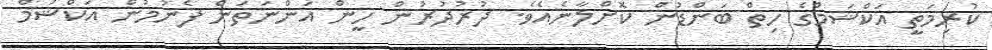
ކުރިމަތީ އަކްޝަމްގެ ހިތް ބަންޑުން ކޮށްލާނެއެވެ. ދުރުދުރުން ހީން އަންނަތަން ފެނުމުން އަކްޝަމް